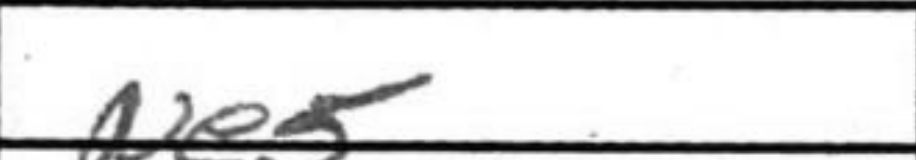
Transcription: Ne5